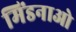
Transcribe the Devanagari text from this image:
मिंडनाओ